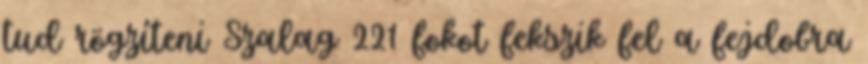
tud rögzíteni Szalag 221 fokot fekszik fel a fejdobra